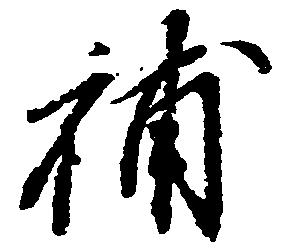
補